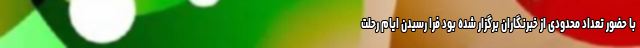
با حضور تعداد محدودی از خبرنگاران برگزار شده بود فرا رسیدن ایام رحلت